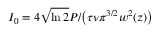
I _ { 0 } = 4 \sqrt { \ln { 2 } } P / \big ( \tau \nu \pi ^ { 3 / 2 } w ^ { 2 } ( z ) \big )